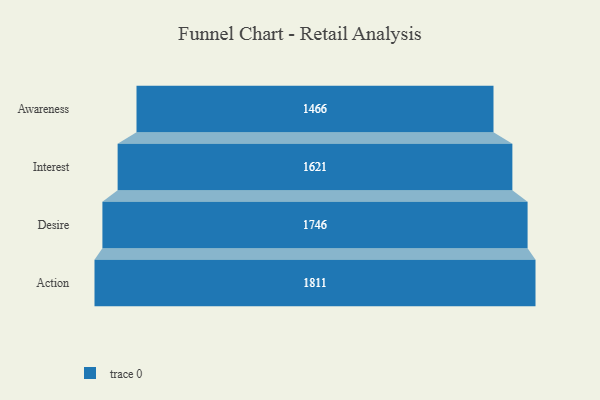
{"axis": {"x": "Stage", "y": "Value"}, "legend": [""], "data": [{"x": "Awareness", "y": 1466.0, "type": ""}, {"x": "Interest", "y": 1621.0, "type": ""}, {"x": "Desire", "y": 1746.0, "type": ""}, {"x": "Action", "y": 1811.0, "type": ""}]}